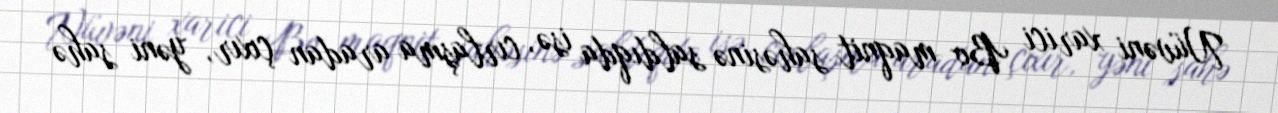
Nüvəni xarici Bo maqnit sahəsinə saldıqda isə, cırlaşma aradan çıxır, yəni sahə